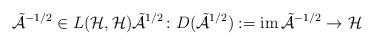
LaTeX: \begin{align*}\tilde{\mathcal{A}}^{-1/2} \in L(\mathcal{H}, \mathcal{H}) \tilde{\mathcal{A}}^{1/2} \colon D(\tilde{\mathcal{A}}^{1/2}) := \mathrm{im} \, \tilde{\mathcal{A}}^{-1/2} \to \mathcal{H} \end{align*}